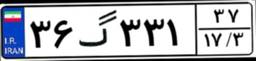
۰۷گ۷۸۱۹۱